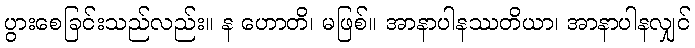
ပွားစေခြင်းသည်လည်း။ န ဟောတိ၊ မဖြစ်။ အာနာပါနဿတိယာ၊ အာနာပါနလျှင်